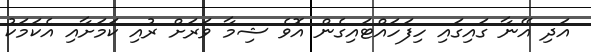
އަދި އޭނާ ގައިގައި ހިފަހައްޓައިގެން އޮވެ ޝިމާ ވަރަށް ރުއި ކަމަށާއި އެކަމަކު